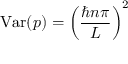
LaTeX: \mathrm { V a r } ( p ) = \left( { \frac { \hbar n \pi } { L } } \right) ^ { 2 }